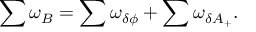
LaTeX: \sum \omega _ { B } = \sum \omega _ { \delta \phi } + \sum \omega _ { \delta A _ { + } } .